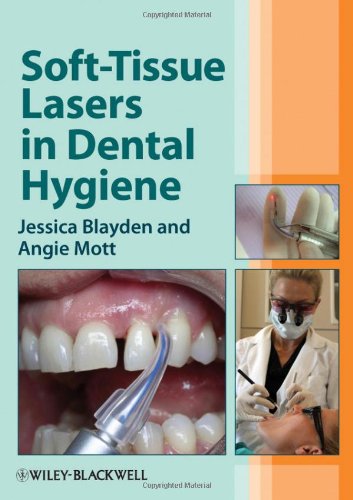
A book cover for Soft-Tissue Lasers in Dental Hygiene; Jessica Blayden; Medical Books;